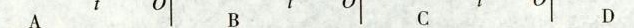
A B C D